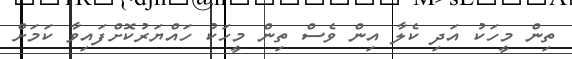
ތިން މީހަކު އަދި ކެލާ އިން ވެސް ތިން މީހަކު ހައްޔަރުކޮށްފައިވާ ކަމަށް